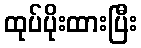
ထုပ်ပိုးထားပြီး